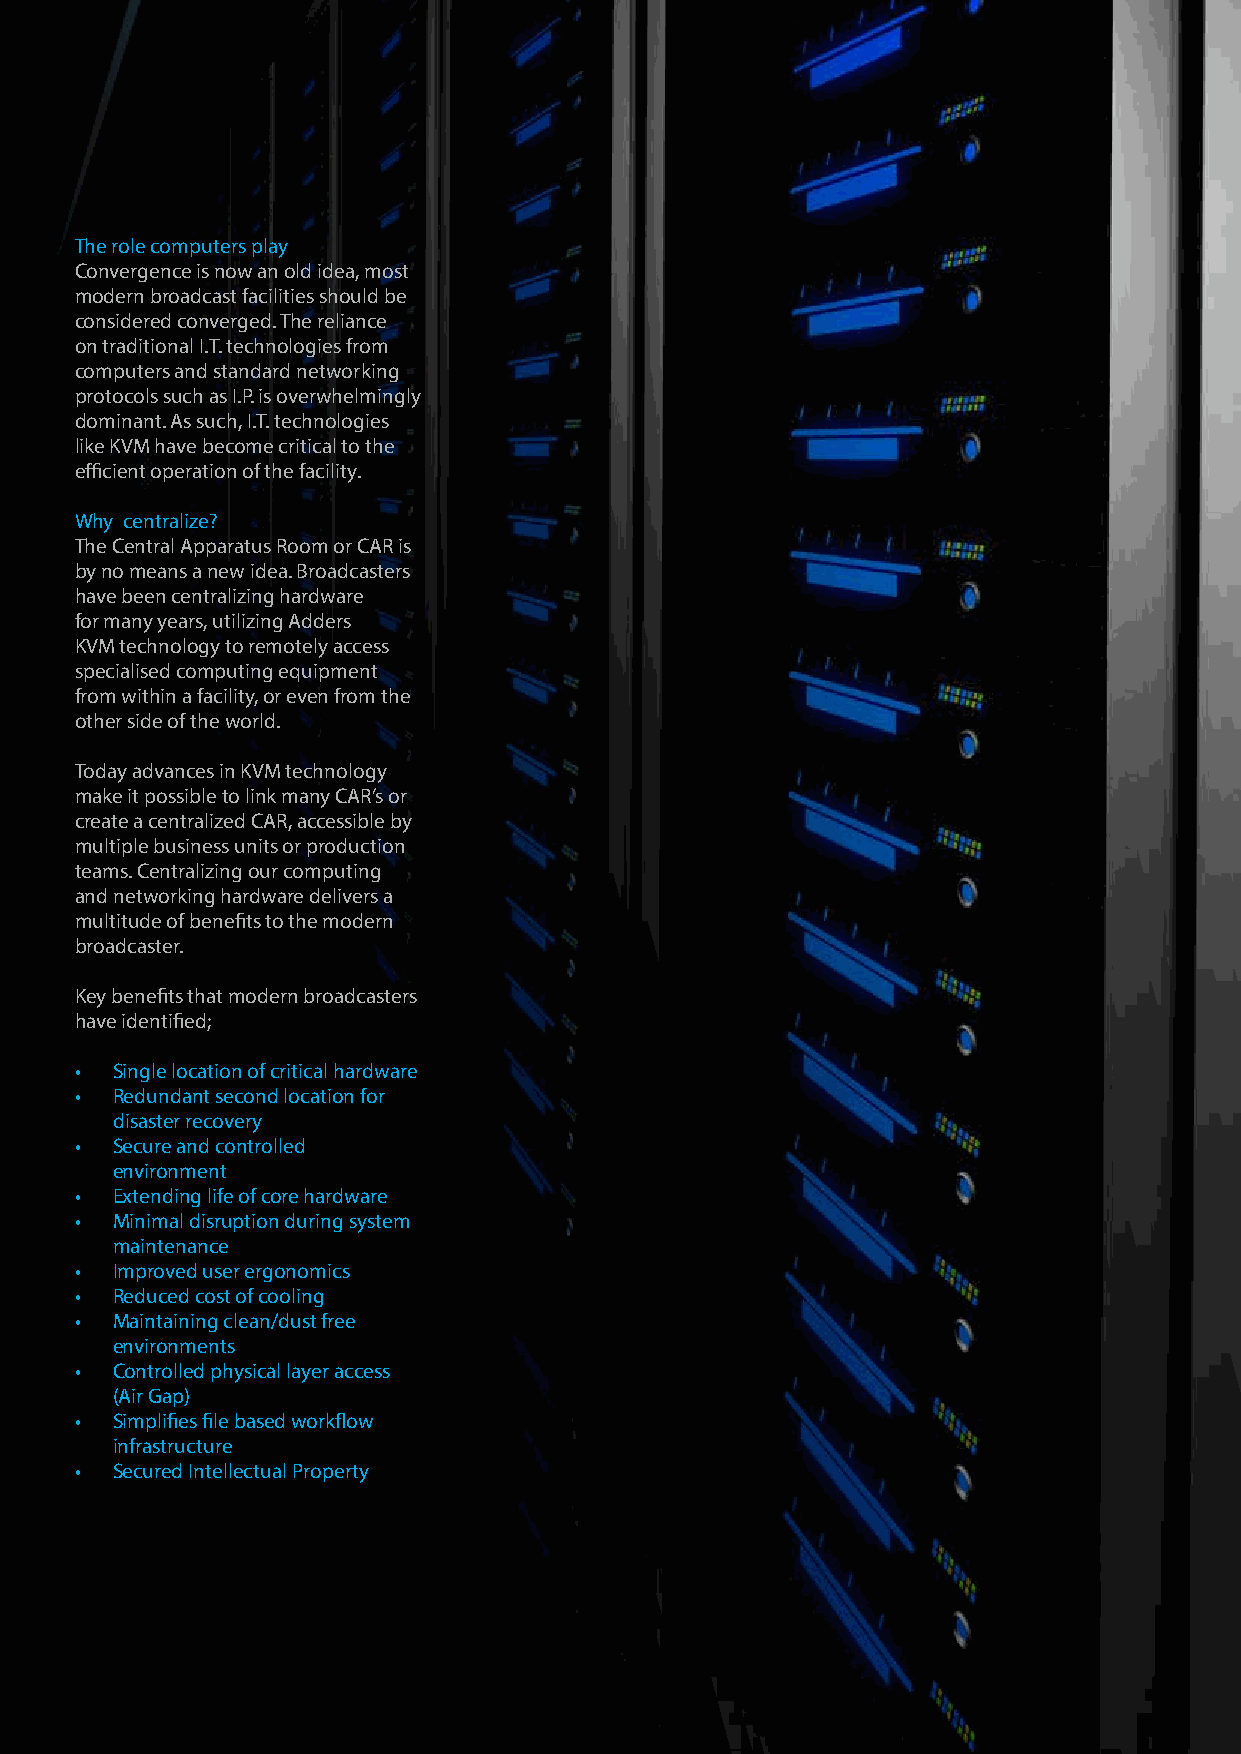
The role computers play
 Convergence is now an old idea, most
 modern broadcast facilities should be
 considered converged. The reliance
 on traditional I.T. technologies from
 computers and standard networking
 protocols such as I.P. is overwhelmingly
 dominant. As such, I.T. technologies
 like KVM have become critical to the
 efficient operation of the facility.
 Why centralize?
 The Central Apparatus Room or CAR is
 by no means a new idea. Broadcasters
 have been centralizing hardware
 for many years, utilizing Adders
 KVM technology to remotely access
 specialised computing equipment
 from within a facility, or even from the
 other side of the world.
 Today advances in KVM technology
 make it possible to link many CAR’s or
 create a centralized CAR, accessible by
 multiple business units or production
 teams. Centralizing our computing
 and networking hardware delivers a
 multitude of benefits to the modern
 broadcaster.
 Key benefits that modern broadcasters
 have identified;
 • Single location of critical hardware
 • Redundant second location for
 disaster recovery
 • Secure and controlled
 environment
 • Extending life of core hardware
 • Minimal disruption during system
 maintenance
 • Improved user ergonomics
 • Reduced cost of cooling
 • Maintaining clean/dust free
 environments
 • Controlled physical layer access
 (Air Gap)
 • Simplifies file based workflow
 infrastructure
 • Secured Intellectual Property